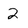
Character: 2